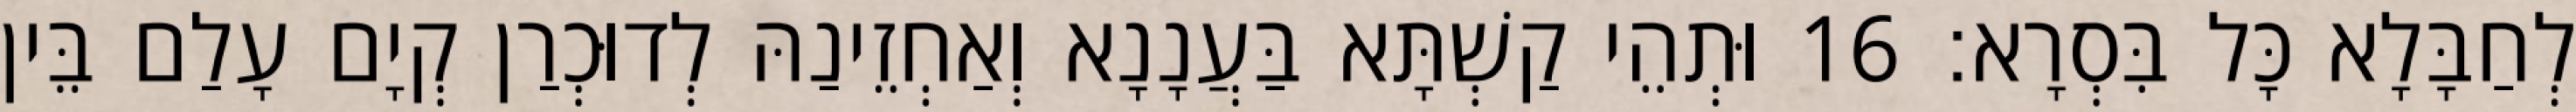
לְחַבָּלָא כָּל בִּסְרָא׃ 16 וּתְהֵי קַשְׁתָּא בַּעֲנָנָא וְאַחְזֵינַהּ לְדוּכְרַן קְיָם עָלַם בֵּין